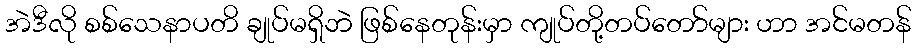
အဲဒီလို စစ်သေနာပတိ ချုပ်မရှိဘဲ ဖြစ်နေတုန်းမှာ ကျုပ်တို့တပ်တော်များ ဟာ အင်မတန်